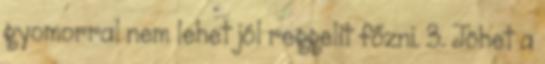
gyomorral nem lehet jól reggelit főzni. 3. Jöhet a